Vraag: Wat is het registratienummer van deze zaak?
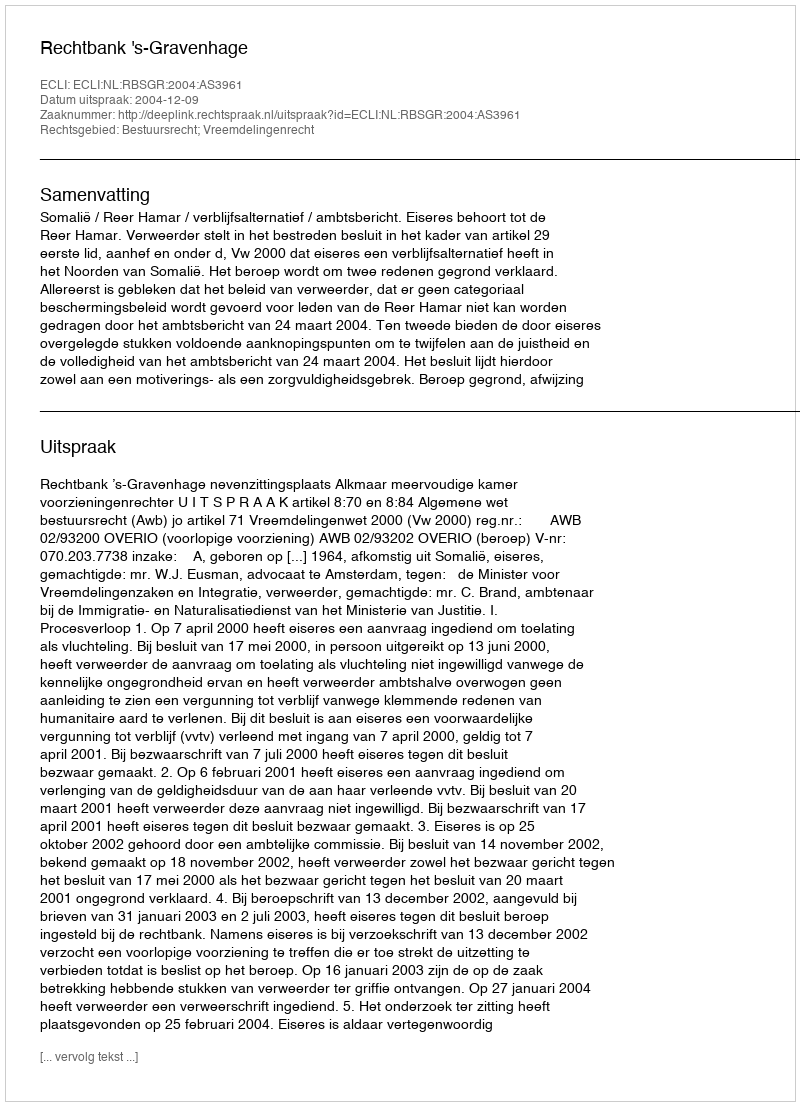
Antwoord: http://deeplink.rechtspraak.nl/uitspraak?id=ECLI:NL:RBSGR:2004:AS3961